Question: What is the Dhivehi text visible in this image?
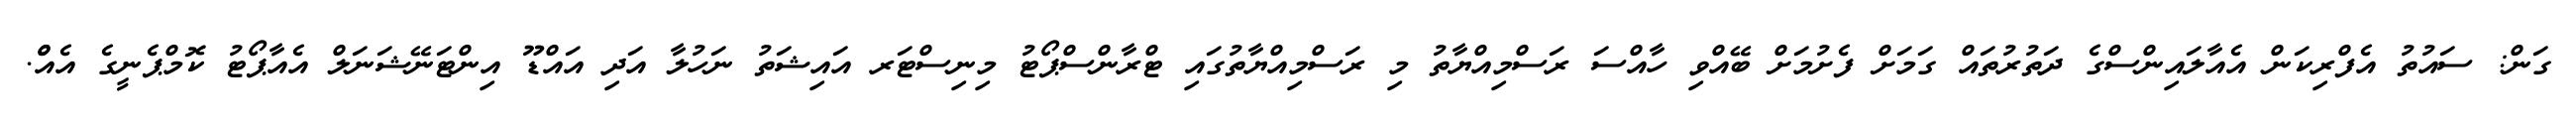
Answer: ގަން: ސައުތު އެފްރިކަން އެއާލައިންސްގެ ދަތުރުތައް ގަމަށް ފެށުމަށް ބޭއްވި ހާއްސަ ރަސްމިއްޔާތު މި ރަސްމިއްޔާތުގައި ޓްރާންސްޕޯޓު މިނިސްޓަރ އައިޝަތު ނަހުލާ އަދި އައްޑޫ އިންޓަނޭޝަނަލް އެއާޕޯޓު ކޮމްޕެނީގެ އެއްް.